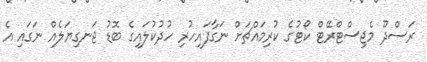
ރަސްދޫ މެޖިސްޓްރޭޓް ކޯޓުގެ ކުރިމައްޗަށް ނަގާފައިހުރި ހުދުކުލައިގެ ބޮޑު ޖަނގިޔަލެއް ނަގައި އެ